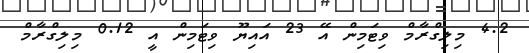
4.2 މިލިގްރާމް ވިޓަމިން އޭ 23 އައިޔޫ ވިޓަމިން އީ 0.12 މިލިގްރާމް